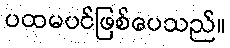
ပထမပင်ဖြစ်ပေသည်။